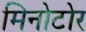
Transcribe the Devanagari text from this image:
मिनोटोर